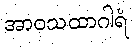
အာဝသထာဂါရံ